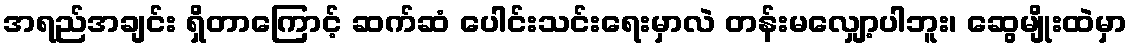
အရည်အချင်း ရှိတာကြောင့် ဆက်ဆံ ပေါင်းသင်းရေးမှာလဲ တန်းမလျှော့ပါဘူး၊ ဆွေမျိုးထဲမှာ